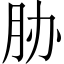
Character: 胁